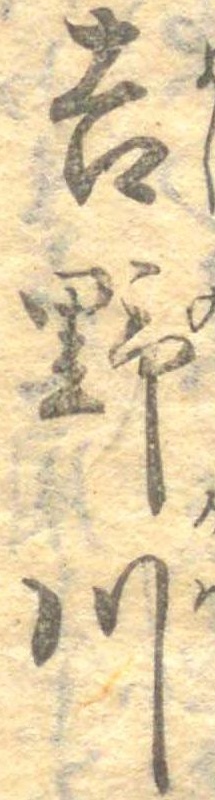
吉野川